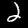
Label: 2